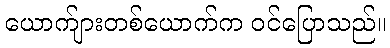
ယောက်ျားတစ်ယောက်က ဝင်ပြောသည်။